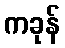
ကခုန်